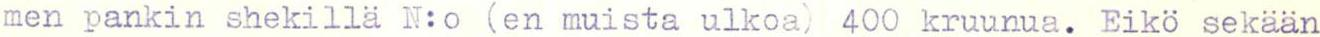
men pankin shekillä N:o (en muista ulkoa) 400 kruunua. Eikö sekään